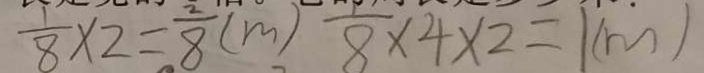
\frac { 1 } { 8 } \times 2 = \frac { 2 } { 8 } ( m ) 8 \times 4 \times 2 = 1 ( m )